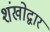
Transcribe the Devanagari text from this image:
शंखोद्वार